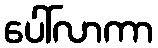
ပေါ်လာကာ